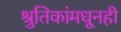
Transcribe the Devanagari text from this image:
श्रुतिकांमधूनही